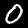
Digit: 0